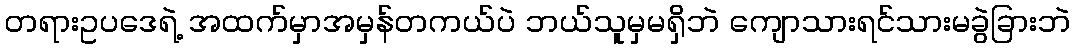
တရားဥပဒေရဲ့ အထက်မှာအမှန်တကယ်ပဲ ဘယ်သူမှမရှိဘဲ ကျောသားရင်သားမခွဲခြားဘဲ